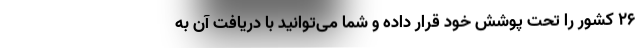
26 کشور را تحت پوشش خود قرار داده و شما می‌توانید با دریافت آن به